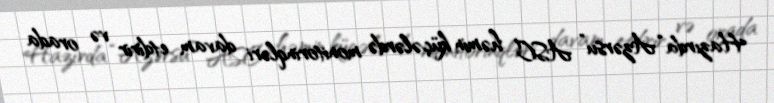
Hazırda “Azərsu” ASC həmin küçələrdə monitorinqləri davam etdirir və orada